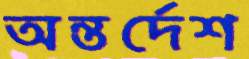
অন্তর্দেশ